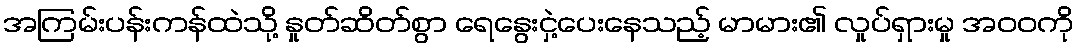
အကြမ်းပန်းကန်ထဲသို့ နှုတ်ဆိတ်စွာ ရေနွေးငှဲ့ပေးနေသည့် မာမား၏ လှုပ်ရှားမှု အဝဝကို